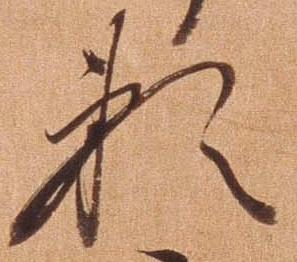
頼